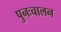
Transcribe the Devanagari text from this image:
पुनःचालन